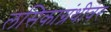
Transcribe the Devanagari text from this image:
लसिकाग्रंथीवर